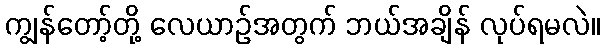
ကျွန်တော့်တို့ လေယာဉ်အတွက် ဘယ်အချိန် လုပ်ရမလဲ။